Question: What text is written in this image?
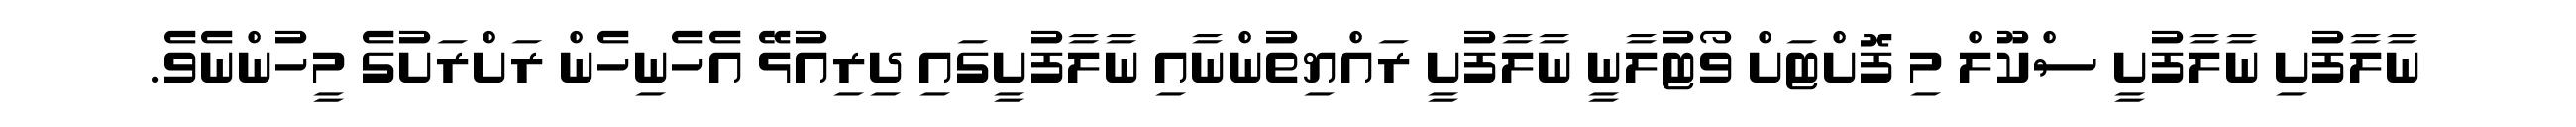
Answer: ނާލާފުށި ނާލާފުށީ ސްކޫލް މި ފޮށްޓަށް ވޯޓުލާނީ ނާލާފުށީ ރައްޔިތުންނާއި ނާލާފުށީގައި ދިރިއުޅޭ އެހެނިހެން ރަށްރަށުގެ މީހުންނެވެ.